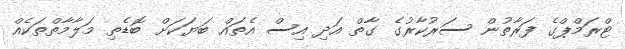
ޓްރަމްޕްގެ ފަރާތުން ސަރުކާރުގެ ގާތް އަދި އިސް އެތައް ބަޔަކަށް ބޮޑެތި މަލާމާތްތަކެއް